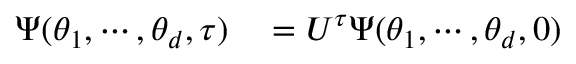
\begin{array} { r l } { \Psi ( \theta _ { 1 } , \cdots , \theta _ { d } , \tau ) } & { { } = U ^ { \tau } \Psi ( \theta _ { 1 } , \cdots , \theta _ { d } , 0 ) } \end{array}